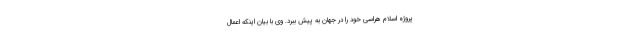
پروژه اسلام هراسی خود را در جهان به پیش ببرد. وی با بیان اینکه اعمال